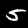
Label: 5